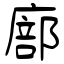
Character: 廍